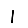
Digit: 1